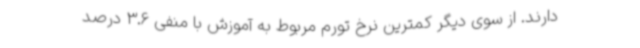
دارند. از سوی دیگر کمترین نرخ تورم مربوط به آموزش با منفی 3.6 درصد